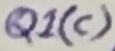
Text: Q1(c)